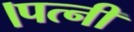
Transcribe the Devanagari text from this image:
।पत्नी